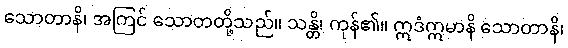
သောတာနိ၊ အကြင် သောတတို့သည်။ သန္တိ၊ ကုန်၏။ ဣဒံဣမာနိ သောတာနိ၊